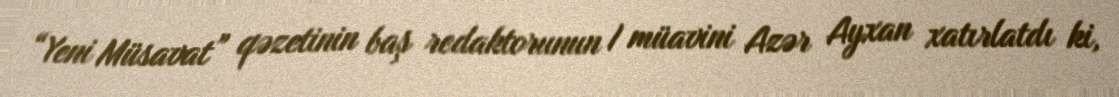
“Yeni Müsavat” qəzetinin baş redaktorunun I müavini Azər Ayxan xatırlatdı ki,